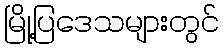
မြို့ပြဒေသများတွင်